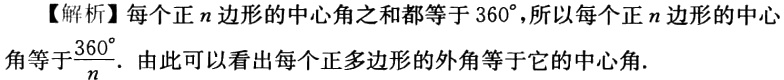
【解析】每个正\(n\)边形的中心角之和都等于\(360^{\circ}\)，所以每个正\(n\)边形的中心角等于\(\frac{360^{\circ}}{n}\)．由此可以看出每个正多边形的外角等于它的中心角.